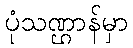
ပုံသဏ္ဌာန်မှာ